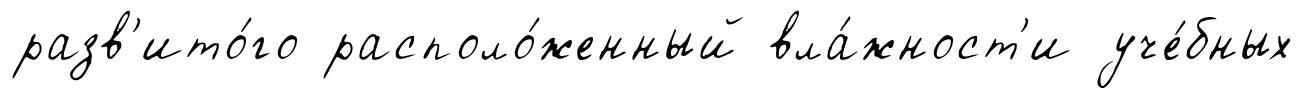
разв'ито́го располо́женный вла́жност'и уче́бных